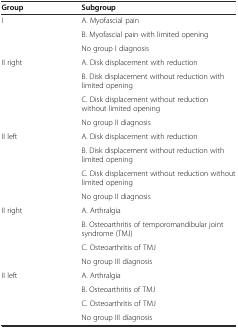
<table><thead><tr><td><b>Group</b></td><td><b>Subgroup</b></td></tr></thead><tbody><tr><td rowspan="3">I</td><td>A. Myofascial pain</td></tr><tr><td>B. Myofascial pain with limited opening</td></tr><tr><td>No group I diagnosis</td></tr><tr><td rowspan="4">II right</td><td>A. Disk displacement with reduction</td></tr><tr><td>B. Disk displacement without reduction with limited opening</td></tr><tr><td>C. Disk displacement without reduction without limited opening</td></tr><tr><td>No group II diagnosis</td></tr><tr><td rowspan="4">II left</td><td>A. Disk displacement with reduction</td></tr><tr><td>B. Disk displacement without reduction with limited opening</td></tr><tr><td>C. Disk displacement without reduction without limited opening</td></tr><tr><td>No group II diagnosis</td></tr><tr><td rowspan="4">II right</td><td>A. Arthralgia</td></tr><tr><td>B. Osteoarthritis of temporomandibular joint syndrome (TMJ)</td></tr><tr><td>C. Osteoarthritis of TMJ</td></tr><tr><td>No group III diagnosis</td></tr><tr><td rowspan="4">II left</td><td>A. Arthralgia</td></tr><tr><td>B. Osteoarthritis of TMJ</td></tr><tr><td>C. Osteoarthritis of TMJ</td></tr><tr><td>No group III diagnosis</td></tr></tbody></table>